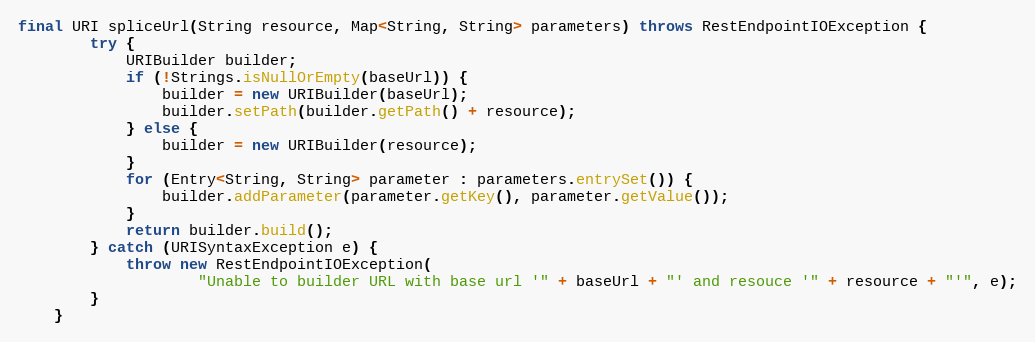
Language: Java
final URI spliceUrl(String resource, Map<String, String> parameters) throws RestEndpointIOException {
        try {
            URIBuilder builder;
            if (!Strings.isNullOrEmpty(baseUrl)) {
                builder = new URIBuilder(baseUrl);
                builder.setPath(builder.getPath() + resource);
            } else {
                builder = new URIBuilder(resource);
            }
            for (Entry<String, String> parameter : parameters.entrySet()) {
                builder.addParameter(parameter.getKey(), parameter.getValue());
            }
            return builder.build();
        } catch (URISyntaxException e) {
            throw new RestEndpointIOException(
                    "Unable to builder URL with base url '" + baseUrl + "' and resouce '" + resource + "'", e);
        }
    }